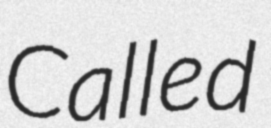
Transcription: Called